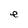
Character: e